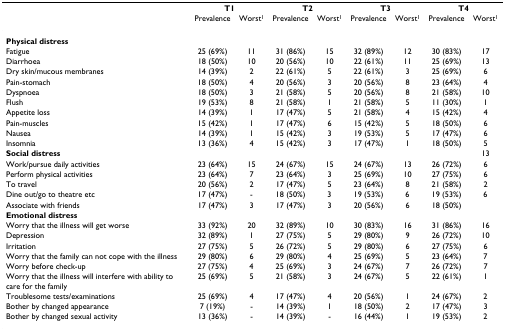
<table><thead><tr><td></td><td colspan="2"><b>T1</b></td><td colspan="2"><b>T2</b></td><td colspan="2"><b>T3</b></td><td colspan="2"><b>T4</b></td></tr><tr><td></td><td><b>Prevalence</b></td><td><b>Worst<sup>1</sup></b></td><td><b>Prevalence</b></td><td><b>Worst<sup>1</sup></b></td><td><b>Prevalence</b></td><td><b>Worst<sup>1</sup></b></td><td><b>Prevalence</b></td><td><b>Worst<sup>1</sup></b></td></tr></thead><tbody><tr><td><b>Physical distress</b></td><td></td><td></td><td></td><td></td><td></td><td></td><td></td><td></td></tr><tr><td>Fatigue</td><td>25 (69%)</td><td>11</td><td>31 (86%)</td><td>15</td><td>32 (89%)</td><td>12</td><td>30 (83%)</td><td>17</td></tr><tr><td>Diarrhoea</td><td>18 (50%)</td><td>10</td><td>20 (56%)</td><td>10</td><td>22 (61%)</td><td>11</td><td>25 (69%)</td><td>13</td></tr><tr><td>Dry skin/mucous membranes</td><td>14 (39%)</td><td>2</td><td>22 (61%)</td><td>5</td><td>22 (61%)</td><td>3</td><td>25 (69%)</td><td>6</td></tr><tr><td>Pain-stomach</td><td>18 (50%)</td><td>4</td><td>20 (56%)</td><td>3</td><td>20 (56%)</td><td>8</td><td>23 (64%)</td><td>4</td></tr><tr><td>Dyspnoea</td><td>18 (50%)</td><td>3</td><td>21 (58%)</td><td>5</td><td>20 (56%)</td><td>8</td><td>21 (58%)</td><td>10</td></tr><tr><td>Flush</td><td>19 (53%)</td><td>8</td><td>21 (58%)</td><td>1</td><td>21 (58%)</td><td>5</td><td>11 (30%)</td><td>1</td></tr><tr><td>Appetite loss</td><td>14 (39%)</td><td>1</td><td>17 (47%)</td><td>5</td><td>21 (58%)</td><td>4</td><td>15 (42%)</td><td>4</td></tr><tr><td>Pain-muscles</td><td>15 (42%)</td><td>1</td><td>17 (47%)</td><td>6</td><td>15 (42%)</td><td>5</td><td>18 (50%)</td><td>6</td></tr><tr><td>Nausea</td><td>14 (39%)</td><td>1</td><td>15 (42%)</td><td>3</td><td>19 (53%)</td><td>5</td><td>17 (47%)</td><td>6</td></tr><tr><td>Insomnia</td><td>13 (36%)</td><td>4</td><td>15 (42%)</td><td>3</td><td>17 (47%)</td><td>1</td><td>18 (50%)</td><td>5</td></tr><tr><td><b>Social distress</b></td><td></td><td></td><td></td><td></td><td></td><td></td><td></td><td>13</td></tr><tr><td>Work/pursue daily activities</td><td>23 (64%)</td><td>15</td><td>24 (67%)</td><td>15</td><td>24 (67%)</td><td>13</td><td>26 (72%)</td><td>6</td></tr><tr><td>Perform physical activities</td><td>23 (64%)</td><td>7</td><td>23 (64%)</td><td>3</td><td>25 (69%)</td><td>10</td><td>27 (75%)</td><td>6</td></tr><tr><td>To travel</td><td>20 (56%)</td><td>2</td><td>17 (47%)</td><td>5</td><td>23 (64%)</td><td>8</td><td>21 (58%)</td><td>2</td></tr><tr><td>Dine out/go to theatre etc</td><td>17 (47%)</td><td>-</td><td>18 (50%)</td><td>3</td><td>19 (53%)</td><td>6</td><td>19 (53%)</td><td>6</td></tr><tr><td>Associate with friends</td><td>17 (47%)</td><td>3</td><td>17 (47%)</td><td>3</td><td>20 (56%)</td><td>6</td><td>18 (50%)</td><td></td></tr><tr><td><b>Emotional distress</b></td><td></td><td></td><td></td><td></td><td></td><td></td><td></td><td></td></tr><tr><td>Worry that the illness will get worse</td><td>33 (92%)</td><td>20</td><td>32 (89%)</td><td>10</td><td>30 (83%)</td><td>16</td><td>31 (86%)</td><td>16</td></tr><tr><td>Depression</td><td>32 (89%)</td><td>1</td><td>27 (75%)</td><td>5</td><td>29 (80%)</td><td>9</td><td>26 (72%)</td><td>10</td></tr><tr><td>Irritation</td><td>27 (75%)</td><td>5</td><td>26 (72%)</td><td>5</td><td>29 (80%)</td><td>6</td><td>27 (75%)</td><td>6</td></tr><tr><td>Worry that the family can not cope with the illness</td><td>29 (80%)</td><td>6</td><td>29 (80%)</td><td>4</td><td>25 (69%)</td><td>5</td><td>23 (64%)</td><td>7</td></tr><tr><td>Worry before check-up</td><td>27 (75%)</td><td>4</td><td>25 (69%)</td><td>3</td><td>24 (67%)</td><td>7</td><td>26 (72%)</td><td>7</td></tr><tr><td>Worry that the illness will interfere with ability to care for the family</td><td>25 (69%)</td><td>5</td><td>21 (58%)</td><td>3</td><td>24 (67%)</td><td>5</td><td>22 (61%)</td><td>1</td></tr><tr><td>Troublesome tests/examinations</td><td>25 (69%)</td><td>4</td><td>17 (47%)</td><td>4</td><td>20 (56%)</td><td>1</td><td>24 (67%)</td><td>2</td></tr><tr><td>Bother by changed appearance</td><td>7 (19%)</td><td>-</td><td>14 (39%)</td><td>1</td><td>18 (50%)</td><td>2</td><td>17 (47%)</td><td>3</td></tr><tr><td>Bother by changed sexual activity</td><td>13 (36%)</td><td>-</td><td>14 (39%)</td><td>-</td><td>16 (44%)</td><td>1</td><td>19 (53%)</td><td>2</td></tr></tbody></table>